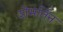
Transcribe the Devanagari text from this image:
शेमर्तिन